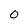
Character: 0